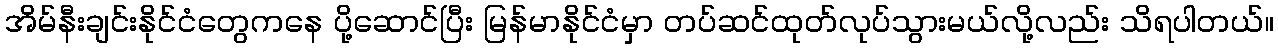
အိမ်နီးချင်းနိုင်ငံတွေကနေ ပို့ဆောင်ပြီး မြန်မာနိုင်ငံမှာ တပ်ဆင်ထုတ်လုပ်သွားမယ်လို့လည်း သိရပါတယ်။